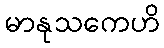
မာနုသကေဟိ